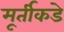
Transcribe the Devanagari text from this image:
मूर्तीकडे